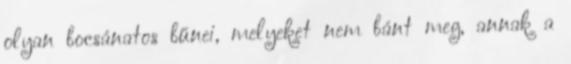
olyan bocsánatos bűnei, melyeket nem bánt meg, annak a